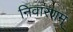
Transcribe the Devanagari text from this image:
निवारणम्